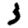
Digit: 3